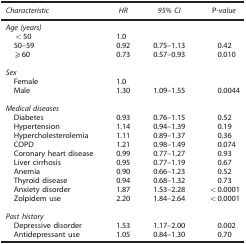
<table><thead><tr><td><b><i>Characteristic</i></b></td><td><b><i>HR</i></b></td><td><b><i>95% CI</i></b></td><td><b>P<i>-value</i></b></td></tr></thead><tbody><tr><td colspan="4"><i>Age (years)</i></td></tr><tr><td> &lt;50</td><td>1.0</td><td> </td><td> </td></tr><tr><td> 50–59</td><td>0.92</td><td>0.75–1.13</td><td>0.42</td></tr><tr><td> ⩾60</td><td>0.73</td><td>0.57–0.93</td><td>0.010</td></tr><tr><td> </td><td> </td><td> </td><td> </td></tr><tr><td colspan="4"><i>Sex</i></td></tr><tr><td> Female</td><td>1.0</td><td> </td><td> </td></tr><tr><td> Male</td><td>1.30</td><td>1.09–1.55</td><td>0.0044</td></tr><tr><td> </td><td> </td><td> </td><td> </td></tr><tr><td colspan="4"><i>Medical diseases</i></td></tr><tr><td> Diabetes</td><td>0.93</td><td>0.76–1.15</td><td>0.52</td></tr><tr><td> Hypertension</td><td>1.14</td><td>0.94–1.39</td><td>0.19</td></tr><tr><td> Hypercholesterolemia</td><td>1.11</td><td>0.89–1.37</td><td>0.36</td></tr><tr><td> COPD</td><td>1.21</td><td>0.98–1.49</td><td>0.074</td></tr><tr><td> Coronary heart disease</td><td>0.99</td><td>0.77–1.27</td><td>0.93</td></tr><tr><td> Liver cirrhosis</td><td>0.95</td><td>0.77–1.19</td><td>0.67</td></tr><tr><td> Anemia</td><td>0.90</td><td>0.66–1.23</td><td>0.52</td></tr><tr><td> Thyroid disease</td><td>0.94</td><td>0.68–1.32</td><td>0.73</td></tr><tr><td> Anxiety disorder</td><td>1.87</td><td>1.53–2.28</td><td>&lt;0.0001</td></tr><tr><td> Zolpidem use</td><td>2.20</td><td>1.84–2.64</td><td>&lt;0.0001</td></tr><tr><td> </td><td> </td><td> </td><td> </td></tr><tr><td colspan="4"><i>Past history</i></td></tr><tr><td> Depressive disorder</td><td>1.53</td><td>1.17–2.00</td><td>0.002</td></tr><tr><td> Antidepressant use</td><td>1.05</td><td>0.84–1.30</td><td>0.70</td></tr></tbody></table>